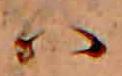
ハ